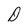
Character: D